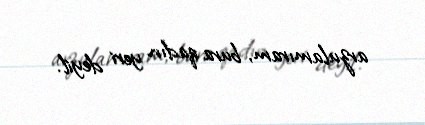
arzulamıram, bura qadın yeri deyil.